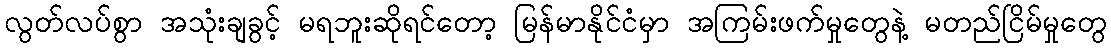
လွတ်လပ်စွာ အသုံးချခွင့် မရဘူးဆိုရင်တော့ မြန်မာနိုင်ငံမှာ အကြမ်းဖက်မှုတွေနဲ့ မတည်ငြိမ်မှုတွေ